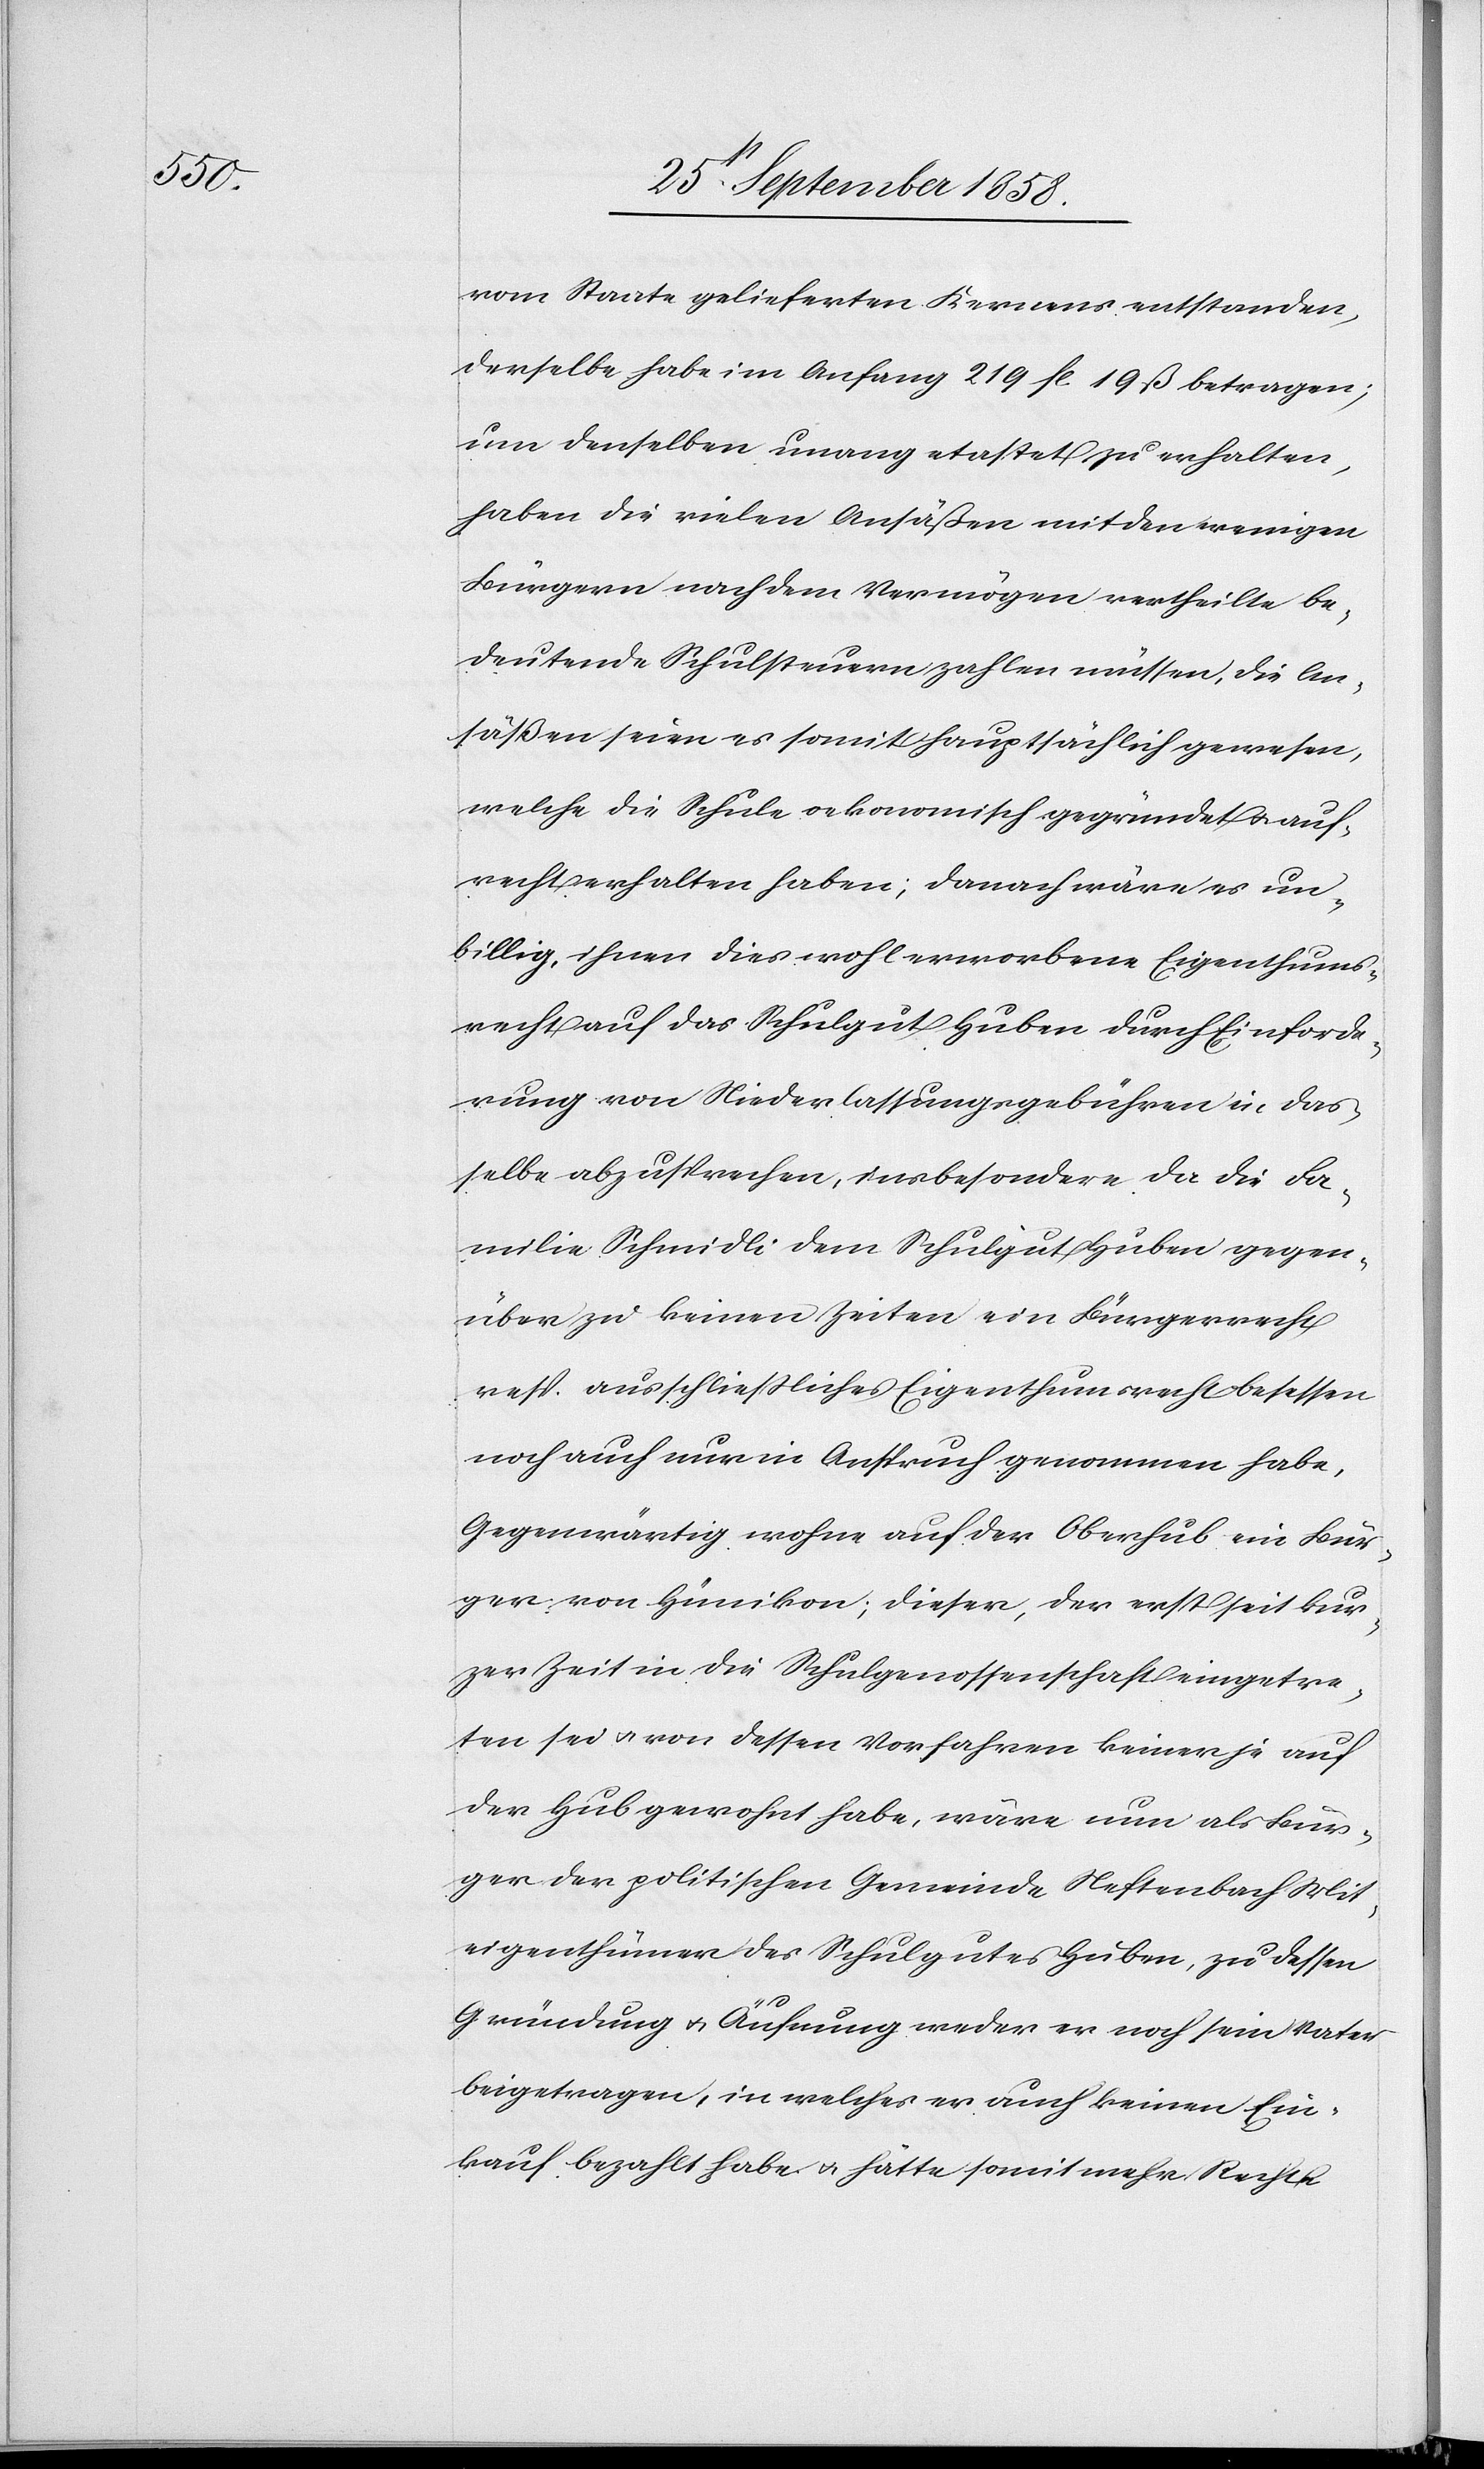
vom Staate gelieferten Kernens entstanden,
derselbe habe im Anfang 219 fl. 19 ß betragen;
um denselben unangetastet zu erhalten,
haben die vielen Ansäßen mit den wenigen
Bürgern nach dem Vermögen vertheilte be¬
deutende Schulsteuern zahlen müssen, die An¬
säßen seien es somit hauptsächlich gewesen,
welche die Schule oekonomisch gegründet & auf¬
recht erhalten haben; danach wäre es un¬
billig, ihnen dies wohl erworbene Eigenthums¬
recht auf das Schulgut Huben durch Einforde¬
rung von Niederlassungsgebühren in das¬
selbe abzusprechen, insbesondere da die Fa¬
milie Schmidli dem Schulgut Huben gegen¬
über zu keinen Zeiten ein Bürgerrecht
resp. ausschließliches Eigenthumsrecht besessen
noch auch nur in Anspruch genommen habe.
Gegenwärtig wohne auf der Oberhub ein Bür¬
ger von Hünikon; dieser, der erst seit kur¬
zer Zeit in die Schulgenossenschaft eingetre¬
ten sei & von dessen Vorfahren keiner je auf
der Hub gewohnt habe, wäre nun als Bür¬
ger der politischen Gemeinde Neftenbach Mit¬
eigenthümer des Schulgutes Huben, zu dessen
Gründung & Äufnung weder er noch sein Vater
beigetragen, in welches er auch keinen Ein¬
kauf bezahlt habe & hätte somit mehr Rechte